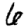
Digit: 6